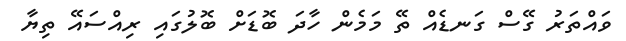
ވައްތަރު ގޭސް ގަނޑެއް ތޭ މަމެން ހާދަ ބޮޑަށް ބޮލުގައި ރިއްސައޭ ތިޔާ